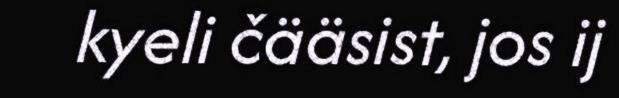
kyeli čääsist, jos ij